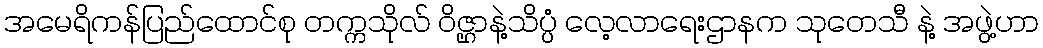
အမေရိကန်ပြည်ထောင်စု တက္ကသိုလ် ဝိဇ္ဌာနဲ့သိပ္ပံ လေ့လာရေးဌာနက သုတေသီ နဲ့ အဖွဲ့ဟာ